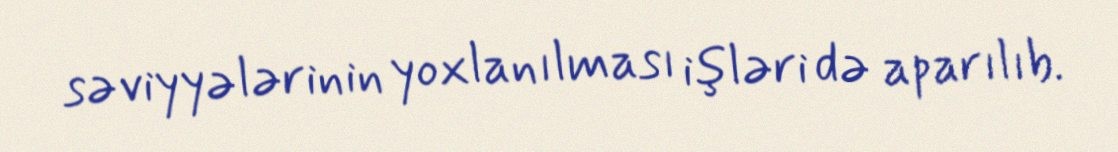
səviyyələrinin yoxlanılması işləri də aparılıb.